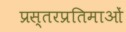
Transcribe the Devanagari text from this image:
प्रस्तरप्रतिमाओं